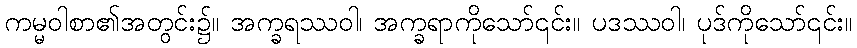
ကမ္မဝါစာ၏အတွင်း၌။ အက္ခရဿဝါ၊ အက္ခရာကိုသော်၎င်း။ ပဒဿဝါ၊ ပုဒ်ကိုသော်၎င်း။